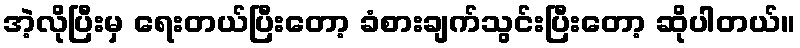
အဲ့လိုပြီးမှ ရေးတယ်ပြီးတော့ ခံစားချက်သွင်းပြီးတော့ ဆိုပါတယ်။